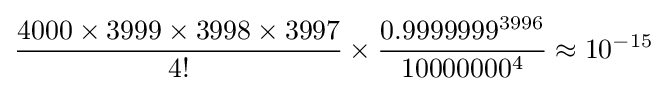
{\frac {4000\times 3999\times 3998\times 3997}{4!}}\times {\frac {0.9999999^{3996}}{10000000^{4}}}\approx 10^{-15}